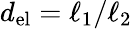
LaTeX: d_{\mathrm{el}}=\ell_{1}/\ell_{2}